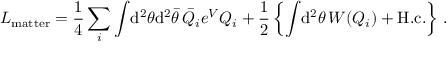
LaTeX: { \cal L } _ { \mathrm { m a t t e r } } = \frac { 1 } { 4 } \sum _ { i } \int \! \mathrm { d } ^ { 2 } \theta \mathrm { d } ^ { 2 } \bar { \theta } \, \bar { Q } _ { i } e ^ { V } Q _ { i } + \frac { 1 } { 2 } \left\{ \int \! \mathrm { d } ^ { 2 } \theta \, { \cal W } ( Q _ { i } ) + \mathrm { H . c . } \right\} \, .